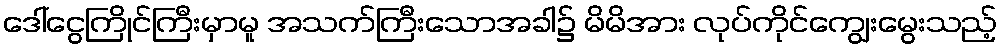
ဒေါ်ငွေကြိုင်ကြီးမှာမူ အသက်ကြီးသောအခါ၌ မိမိအား လုပ်ကိုင်ကျွေးမွေးသည့်